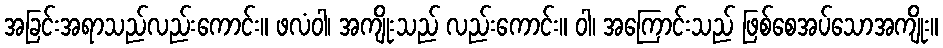
အခြင်းအရာသည်လည်းကောင်း။ ဖလံဝါ၊ အကျိုးသည် လည်းကောင်း။ ဝါ၊ အကြောင်းသည် ဖြစ်စေအပ်သောအကျိုး။